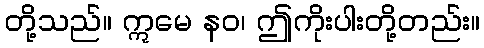
တို့သည်။ ဣမေ နဝ၊ ဤကိုးပါးတို့တည်း။